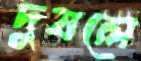
দুষলে